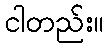
ငါတည်း။